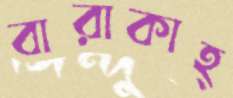
বারাকাহ্